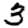
Digit: 3